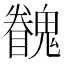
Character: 𩴖